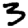
Digit: 3